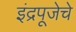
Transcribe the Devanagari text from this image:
इंद्रपूजेचे